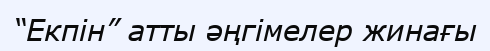
“Екпін” атты әңгімелер жинағы